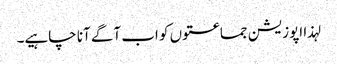
لہذا اپوزیشن جماعتوں کو اب آگے آنا چاہیے۔